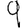
Digit: 9